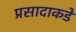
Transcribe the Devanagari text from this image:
प्रसादाकडे